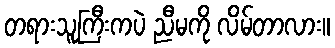
တရားသူကြီးကပဲ ညီမကို လိမ်တာလား။